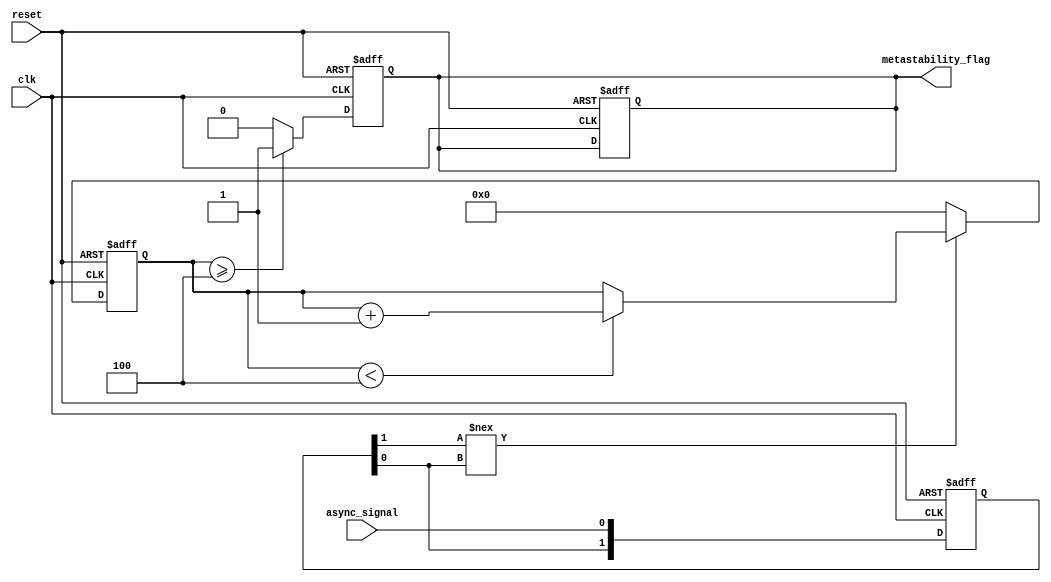
module metastability_detector (
    input wire clk,               // Clock signal
    input wire async_signal,      // Asynchronous input signal
    input wire reset,             // Optional reset signal
    output reg metastability_flag  // Output signal indicating metastability
);

    // Parameters
    parameter METASTABLE_THRESHOLD = 4; // Number of clock cycles to check for metastability

    // Internal signals
    reg [1:0] ff1;                 // First D flip-flop output
    reg [1:0] ff2;                 // Second D flip-flop output
    reg [3:0] metastable_counter;  // Counter for metastability detection

    // D Flip-Flops for sampling the async signal
    always @(posedge clk or posedge reset) begin
        if (reset) begin
            ff1 <= 2'b00;          // Reset state for FF1
            ff2 <= 2'b00;          // Reset state for FF2
            metastability_counter <= 0; // Reset counter
            metastability_flag <= 1'b0; // Clear metastability flag
        end else begin
            ff1 <= {ff1[0], async_signal}; // Shift in the async signal
            ff2 <= {ff2[0], ff1[1]};       // Shift in the output of FF1
        end
    end

    // Metastability detection logic
    always @(posedge clk or posedge reset) begin
        if (reset) begin
            metastable_counter <= 0; // Reset counter
            metastability_flag <= 1'b0; // Clear metastability flag
        end else begin
            // Check if the output of the first flip-flop is stable
            if (ff1[1] !== ff1[0]) begin
                // If the output is not stable, increment the counter
                if (metastable_counter < METASTABLE_THRESHOLD) begin
                    metastable_counter <= metastable_counter + 1;
                end
            end else begin
                // Reset the counter if the output is stable
                metastable_counter <= 0;
            end

            // Assert the metastability flag if the counter exceeds the threshold
            if (metastable_counter >= METASTABLE_THRESHOLD) begin
                metastability_flag <= 1'b1; // Metastability detected
            end else begin
                metastability_flag <= 1'b0; // No metastability detected
            end
        end
    end

endmodule